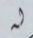
له